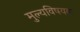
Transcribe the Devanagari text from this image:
मुल्यविषयक